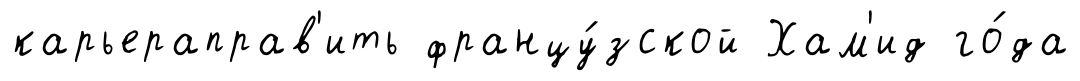
карьераправ'ить францу́зской Хам'ид го́да